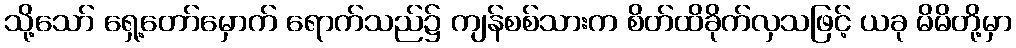
သို့သော် ရှေ့တော်မှောက် ရောက်သည်၌ ကျန်စစ်သားက စိတ်ထိခိုက်လှသဖြင့် ယခု မိမိတို့မှာ